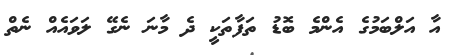
އާ އަލްބަމުގެ އެންމެ ބޮޑު ތަފާތަކީ ދެ މާނަ ނެގޭ ލަވައެއް ނެތް